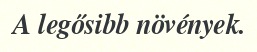
A legősibb növények.